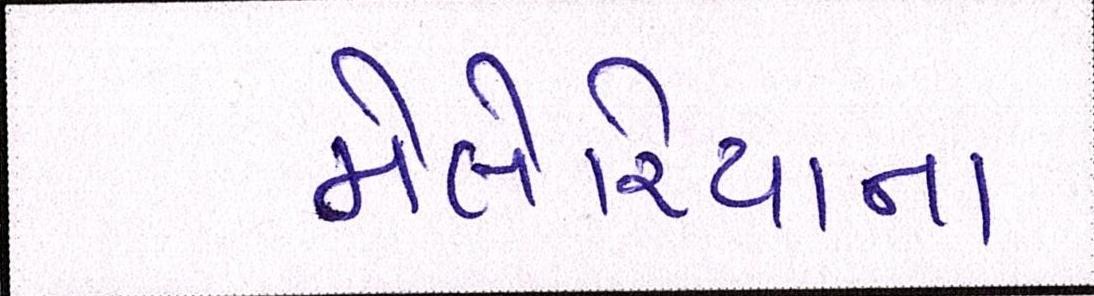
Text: મેલેરિયાના